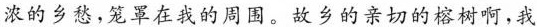
浓的乡愁，笼罩在我的周围。故乡的亲切的榕树啊，我